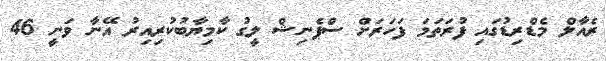
ރެއާލް މެޑްރިޑުގައި ފުރަތަމަ ފަހަރަށް ސްޕެނިޝް ލީގު ކާމިޔާބުކުރިއިރު އޭނާ ވަނީ 46